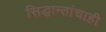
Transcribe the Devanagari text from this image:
सिद्धान्तांचाही